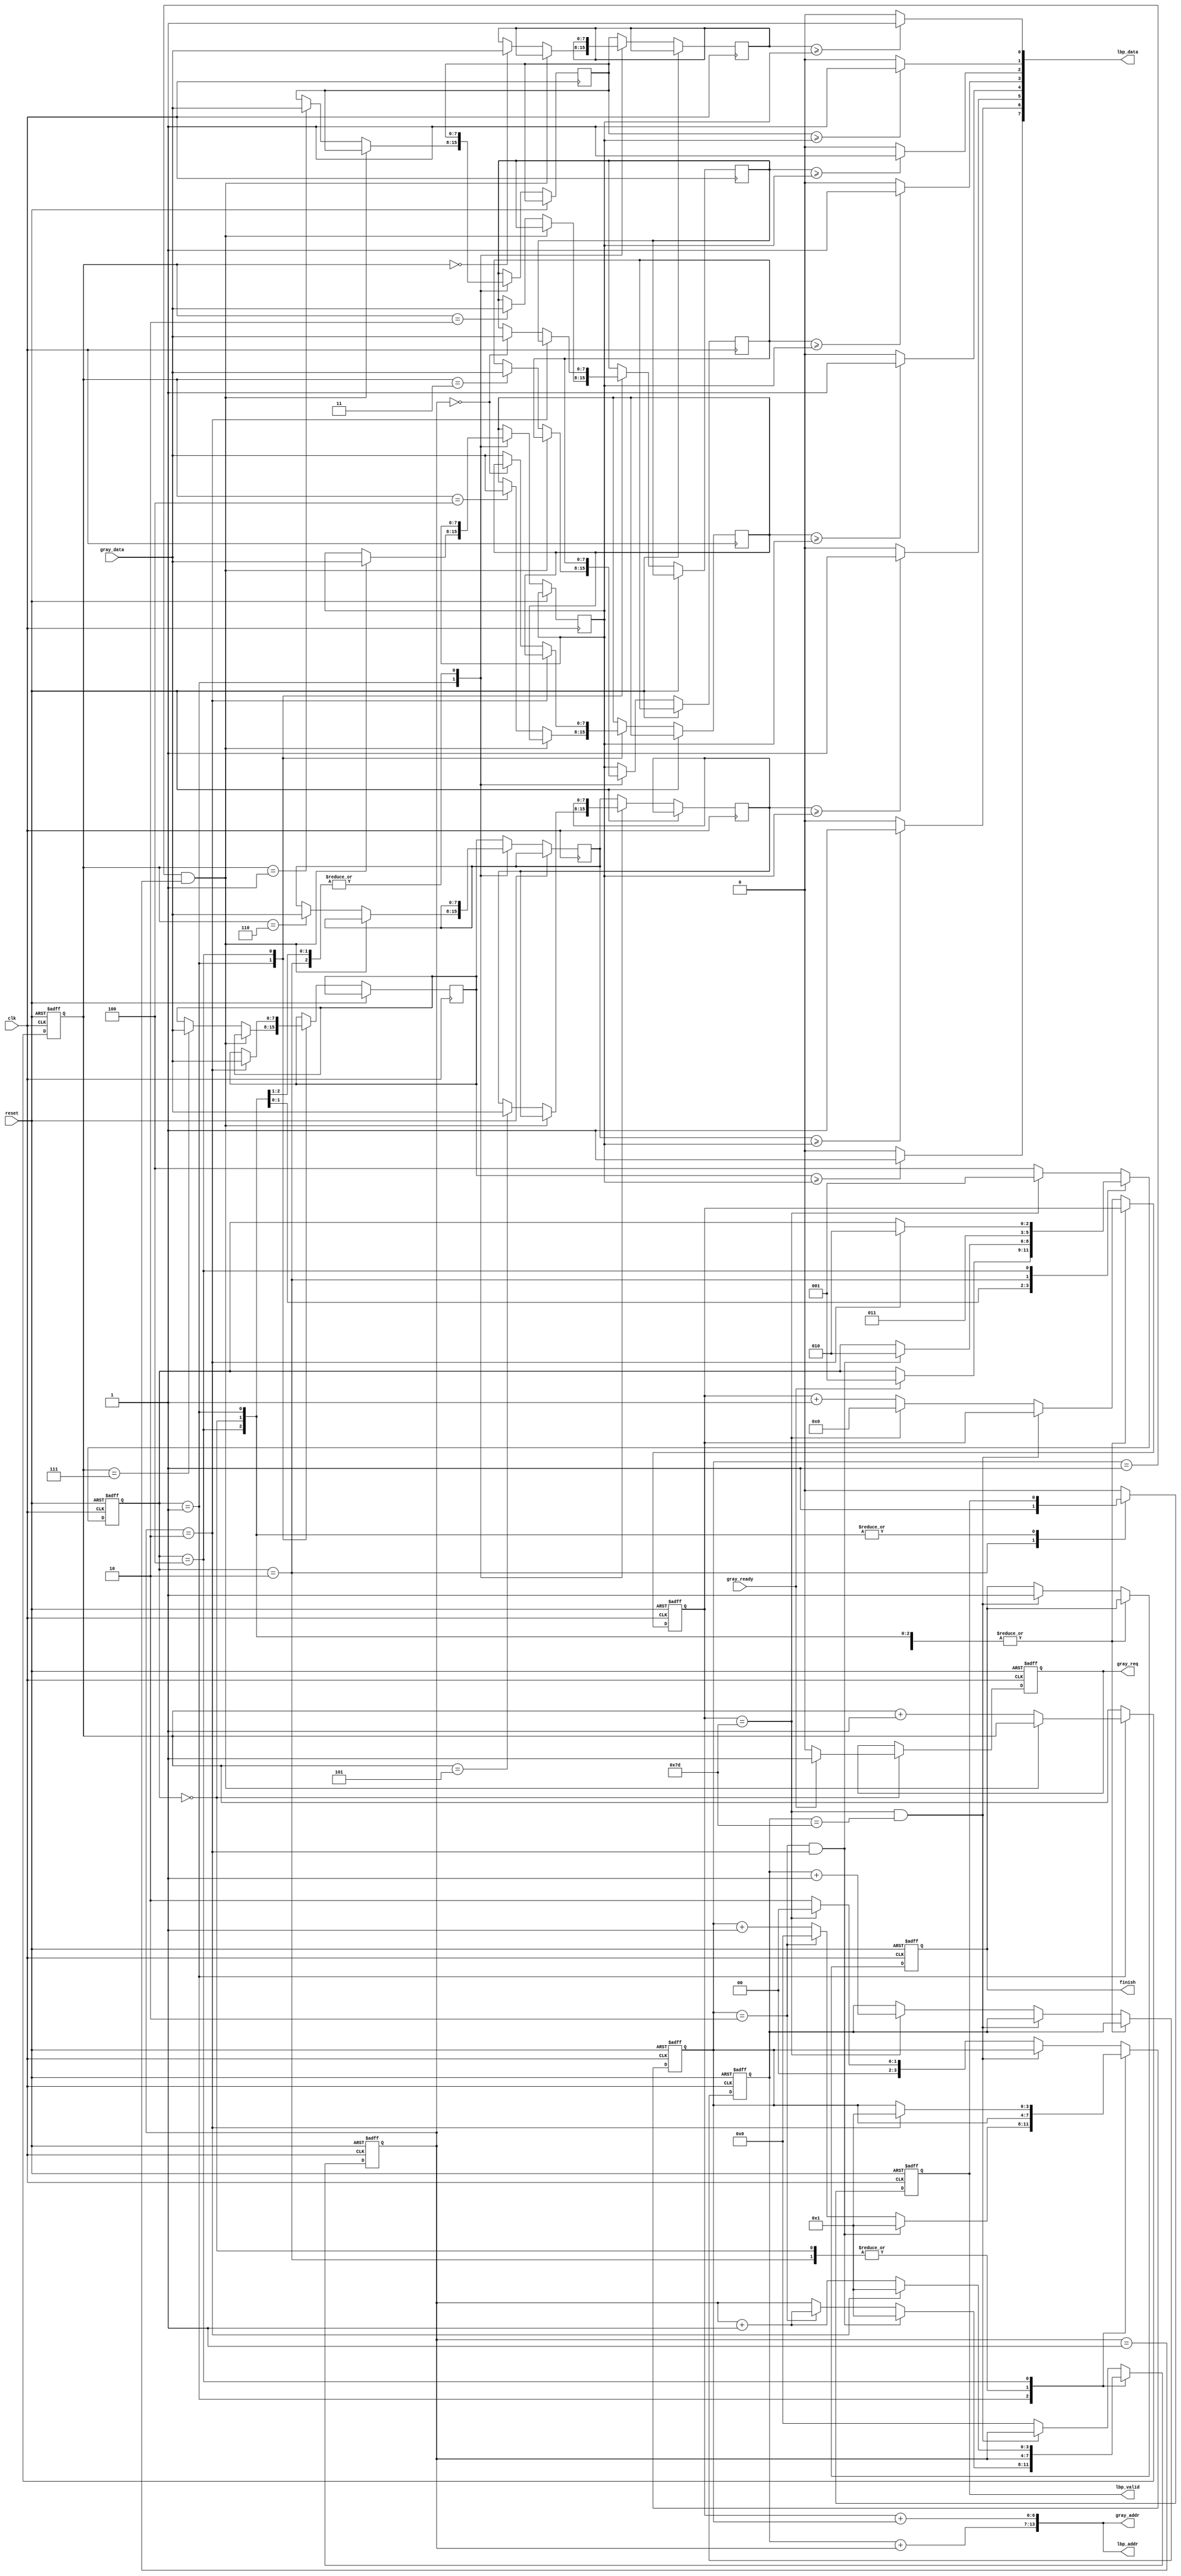

`timescale 1ns/10ps
module LBP ( clk, reset, gray_addr, gray_req, gray_ready, gray_data, lbp_addr, lbp_valid, lbp_data, finish);
input   	clk;
input   	reset;
output  [13:0] 	gray_addr;
output         	gray_req;
input   	gray_ready;
input   [7:0] 	gray_data;
output  [13:0] 	lbp_addr;
output  	lbp_valid;
output  [7:0] 	lbp_data;
output  	finish;

wire [13:0] gray_addr, lbp_addr;
wire [7:0] lbp_data;
reg gray_req, lbp_valid, finish;

localparam Idle = 3'd0;
localparam Read_In_9 = 3'd1;
localparam LBP_Out = 3'd2;
localparam Modify_Map = 3'd3;
localparam Read_In_3 = 3'd4;

reg [2:0] cur_state, next_state;
reg [6:0] x, y;
reg [7:0] lbp_map[7:0], lbp_central;
reg [2:0] count;
reg [3:0] x_t, y_t;
wire [13:0] one_dim_addr;
reg [7:0] data;

assign one_dim_addr = {y + y_t, x + x_t}; 
assign gray_addr = one_dim_addr;
assign lbp_addr = one_dim_addr;
assign lbp_data = data;

always @(*) begin
    data[0] = (lbp_map[0] >= lbp_central) ? 1'b1 : 1'b0;
    data[1] = (lbp_map[1] >= lbp_central) ? 1'b1 : 1'b0;
    data[2] = (lbp_map[2] >= lbp_central) ? 1'b1 : 1'b0;
    data[3] = (lbp_map[3] >= lbp_central) ? 1'b1 : 1'b0;
    data[4] = (lbp_map[4] >= lbp_central) ? 1'b1 : 1'b0;
    data[5] = (lbp_map[5] >= lbp_central) ? 1'b1 : 1'b0;
    data[6] = (lbp_map[6] >= lbp_central) ? 1'b1 : 1'b0;
    data[7] = (lbp_map[7] >= lbp_central) ? 1'b1 : 1'b0;
end

//====================================================================
always @(*) begin
    next_state = cur_state;
    case (cur_state)
        Idle: if (gray_ready) next_state = Read_In_9;
        Read_In_9: if (x_t == 4'd2 && y_t == 4'd2) next_state = LBP_Out;
        LBP_Out: next_state = Modify_Map;
        Read_In_3: if (y_t == 4'd2) next_state = LBP_Out;
        default: begin
            if (x == 7'd125) 
                next_state = Read_In_9;
            else 
                next_state = Read_In_3;
        end
    endcase
end

always @(posedge clk or posedge reset) 
begin
    
    if(reset)
    begin
        gray_req <= 0;
        lbp_valid <= 0;
        finish <= 0;
        x <= 7'd0;
        y <= 7'd0;
        x_t <= 4'd0;
        y_t <= 4'd0;
        count <= 3'd0;
    end
    else 
    begin
        case (cur_state)
            Idle: begin
                gray_req <= (gray_ready) ? 1 : 0;
            end
            Read_In_9: begin
                if (x_t == 4'd1 && y_t == 4'd1) begin
                    lbp_central <= gray_data;
                    count <= count;
                end
                else begin
                    lbp_map[count] <= gray_data;
                    count <= count + 3'd1;
                end

                if (x_t == 4'd2 && y_t == 4'd2) begin
                    x_t <= 4'd1;
                    y_t <= 4'd1;
                end
                else begin
                    if (x_t == 4'd2) begin
                        x_t <= 4'd0;
                        y_t <= y_t + 4'd1;
                    end
                    else begin
                        x_t <= x_t + 4'd1;
                    end
                end
            end
            LBP_Out: begin
                lbp_valid <= 1;
            end
            Read_In_3: begin 
                if (y_t == 4'd2) begin
                    x_t <= 4'd1;
                    y_t <= 4'd1;
                    lbp_map[7] <= gray_data;
                end
                else begin
                    y_t <= y_t + 4'd1;
                    if(y_t == 4'd0) 
                        lbp_map[2] <= gray_data;
                    else 
                        lbp_map[4] <= gray_data;
                end
            end
            default: begin // Modify_Map
                if (x == 7'd125 && y == 7'd125) begin
                    finish <= 1;
                end
                else if (x == 7'd125) begin
                    x <= 7'd0;
                    y <= y + 7'd1;
                    x_t <= 4'd0;
                    y_t <= 4'd0;
                end
                else begin
                    x <= x + 7'd1;
                    x_t <= 4'd2;
                    y_t <= 4'd0;
                end
                lbp_valid <= 0;
                lbp_map[0] <= lbp_map[1];
                lbp_map[1] <= lbp_map[2];
                lbp_map[3] <= lbp_central;
                lbp_central <= lbp_map[4];
                lbp_map[5] <= lbp_map[6];
                lbp_map[6] <= lbp_map[7];
            end
        endcase
    end

end

always @(posedge clk or posedge reset) begin
    if(reset) cur_state <= 0;
    else cur_state <= next_state;
end
//====================================================================
endmodule